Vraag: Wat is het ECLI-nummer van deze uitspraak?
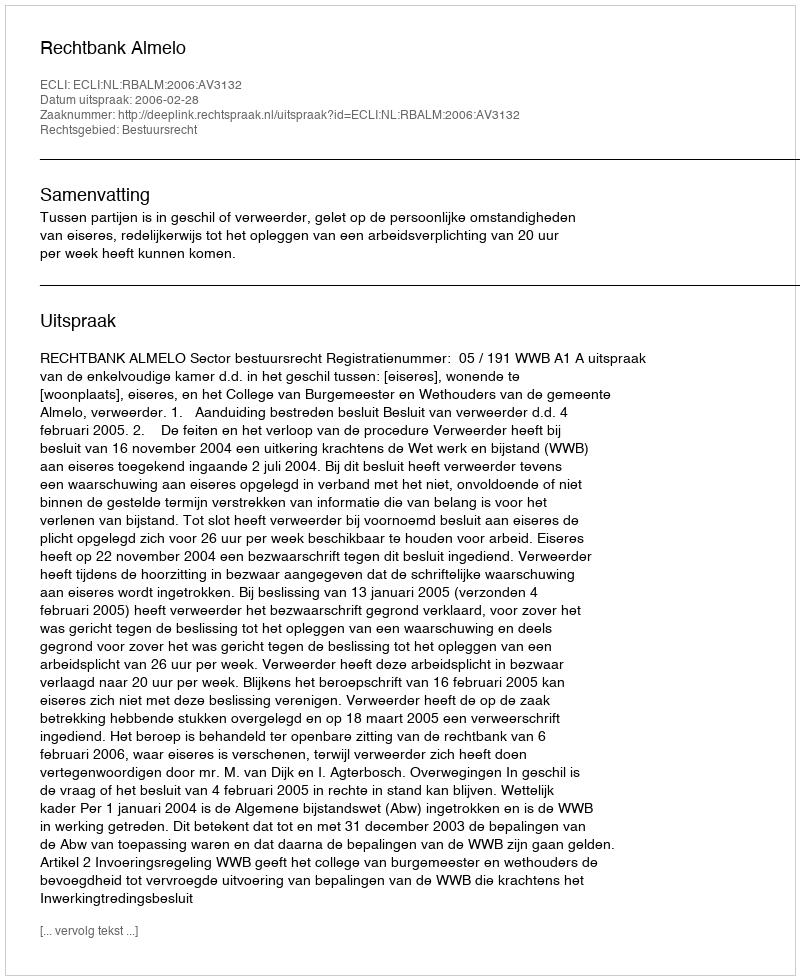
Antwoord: ECLI:NL:RBALM:2006:AV3132